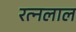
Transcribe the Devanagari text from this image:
रत्नलाल